Civil Veterinary Department ledger series I-VI
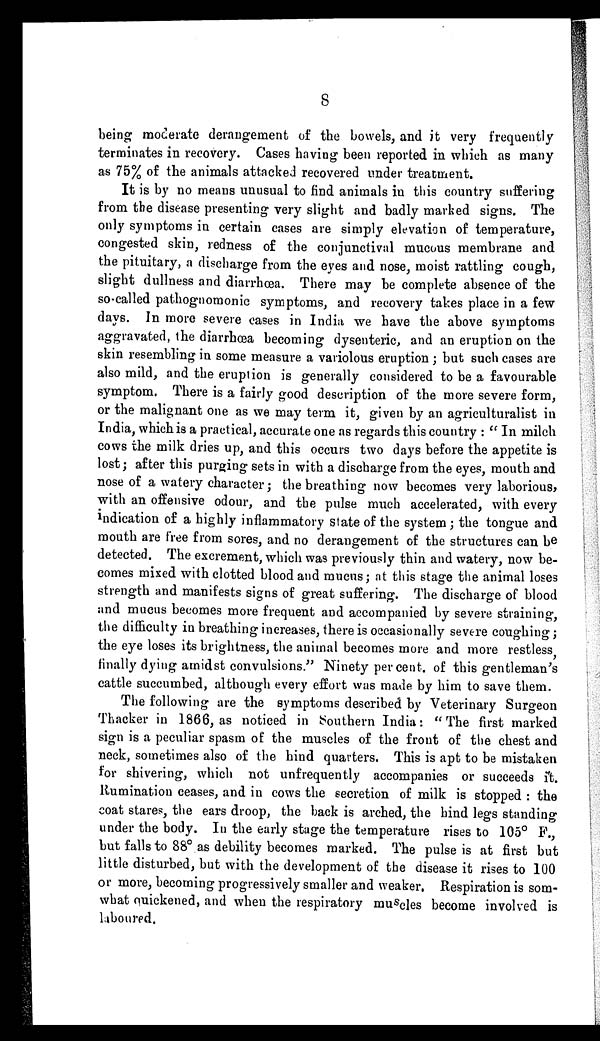
8
being mocerate derangement of the bowels, and it very frequently
terminates in recovery. Cases having been reported in which as many
as 75% of the animals attacked recovered under treatment.
It is by no means unusual to find animals in this country suffering
from the disease presenting very slight and badly marked signs. The
only symptoms in certain cases are simply elevation of temperature,
congested skin, redness of the conjunctival mucous membrane and
the pituitary, a discharge from the eyes and nose, moist rattling cough,
slight dullness and diarrhœa. There may be complete absence of the
so-called pathognomonic symptoms, and recovery takes place in a few
days. In more severe cases in India we have the above symptoms
aggravated, the diarrhœa becoming dysenteric, and an eruption on the
skin resembling in some measure a variolous eruption; but such cases are
also mild, and the eruption is generally considered to be a favourable
symptom. There is a fairly good description of the more severe form,
or the malignant one as we may term it, given by an agriculturalist in
India, which is a practical, accurate one as regards this country: "In milch
cows the milk dries up, and this occurs two days before the appetite is
lost; after this purging sets in with a discharge from the eyes, mouth and
nose of a watery character; the breathing now becomes very laborious,
with an offensive odour, and the pulse much accelerated, with every
indication of a highly inflammatory state of the system; the tongue and
mouth are free from sores, and no derangement of the structures can be
detected. The excrement, which was previously thin and watery, now be-
comes mixed with clotted blood and mucus; at this stage the animal loses
strength and manifests signs of great suffering. The discharge of blood
and mucus becomes more frequent and accompanied by severe straining,
the difficulty in breathing increases, there is occasionally severe coughing;
the eye loses its brightness, the animal becomes more and more restless
finally dying amidst convulsions." Ninety per cent. of this gentleman's
cattle succumbed, although every effort was made by him to save them.
The following are the symptoms described by Veterinary Surgeon
Thacker in 1866, as noticed in Southern India: "The first marked
sign is a peculiar spasm of the muscles of the front of the chest and
neck, sometimes also of the hind quarters. This is apt to be mistaken
for shivering, which not unfrequently accompanies or succeeds ft.
Rumination ceases, and in cows the secretion of milk is stopped: the
coat stares, the ears droop, the back is arched, the hind legs standing
under the body. In the early stage the temperature rises to 105° F.,
but falls to 88º as debility becomes marked. The pulse is at first but
little disturbed, but with the development of the disease it rises to 100
or more, becoming progressively smaller and weaker, Respiration is som-
what quickened, and when the respiratory muscles become involved is
laboured.